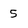
Character: 5